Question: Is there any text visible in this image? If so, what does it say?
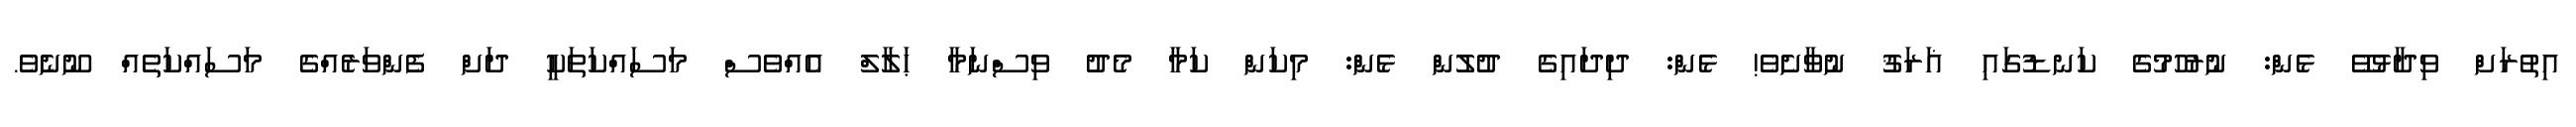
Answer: އިތުރަށް ވިދާޅުވޭ ޅެން: ނުރުހުމުގެ ކަނޑުގައި ޣަރަޤު ނުވާށެވެ! ޅެން: ދިދައިގެ ދުލުން ޅެން: މިކަން ކަމާ މެދު ވިސްނަމާ ޙަލާލް އެއްވެސް މަސައްކަތަކީ ދަށް ފެންވަރެއްގެ މަސައްކަތެއް ނޫނެވެ.